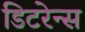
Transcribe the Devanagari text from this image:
डिटरेन्स